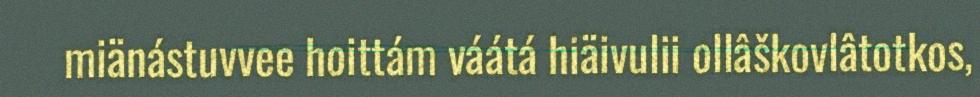
miänástuvvee hoittám váátá hiäivulii ollâškovlâtotkos,